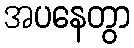
အပနေတွာ